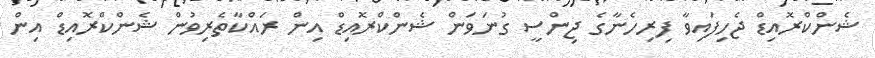
ޝެންކްރޮއިޑް ޖެހިފައިވާ ފިރިހެނާގެ ޖިންސީ ގުނަވަން ޝެންކްރޮއިޑް އިން ރައްކާތެރިވުން ޝެންކްރޮއިޑް އިން